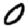
Digit: 0